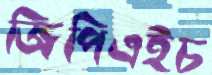
জিপিএইচ